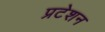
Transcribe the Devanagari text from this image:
प्रटेशन